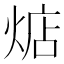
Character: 𱫛